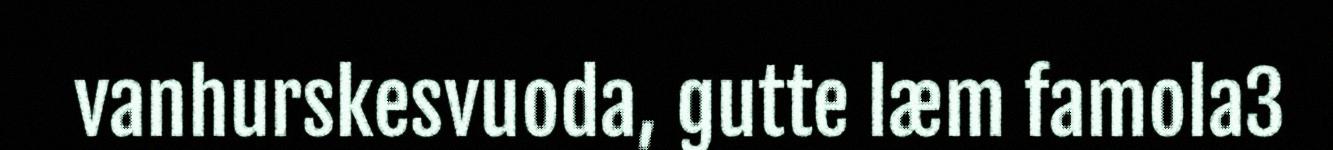
vanhurskesvuoda, gutte læm famola3